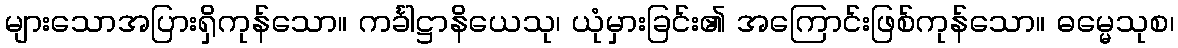
များသောအပြားရှိကုန်သော။ ကင်္ခါဋ္ဌာနိယေသု၊ ယုံမှားခြင်း၏ အကြောင်းဖြစ်ကုန်သော။ ဓမ္မေသုစ၊